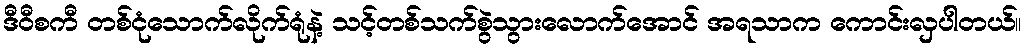
ဒီဝီစကီ တစ်ငုံသောက်လိုက်ရုံနဲ့ သင့်တစ်သက်စွဲသွားလောက်အောင် အရသာက ကောင်းလှပါတယ်။